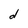
Character: d